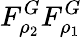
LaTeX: F_{\rho_{2}}^{G}F_{\rho_{1}}^{G}